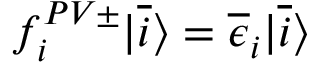
\begin{array} { r } { f _ { i } ^ { P V \pm } | \overline { { i } } \rangle = \overline { { \epsilon } } _ { i } | \overline { { i } } \rangle } \end{array}